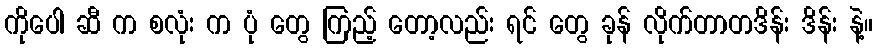
ကိုပေါ ဆီ က စလုံး က ပုံ တွေ ကြည့် တော့လည်း ရင် တွေ ခုန် လိုက်တာတဒိန်း ဒိန်း နဲ့။